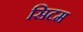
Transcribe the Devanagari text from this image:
सिटम